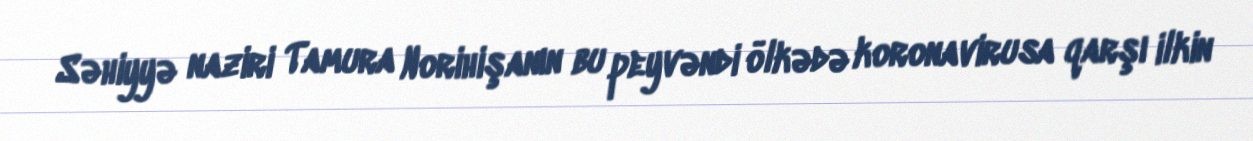
Səhiyyə naziri Tamura Norihişanın bu peyvəndi ölkədə koronavirusa qarşı ilkin